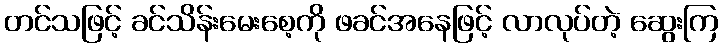
တင်သဖြင့် ခင်သိန်းမေးစေ့ကို ဖခင်အနေဖြင့် လာလုပ်တဲ့ ဆွေးကြ